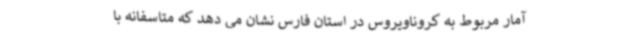
آمار مربوط به کروناویروس در استان فارس نشان می دهد که متاسفانه با